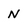
Character: N